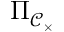
\Pi _ { { \mathcal { C } } _ { \times } }